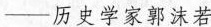
—历史学家郭沫若